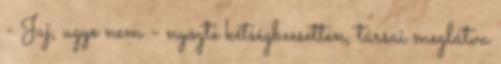
- Jaj, ugye nem - nyögte kétségbeesetten, társai meglátva